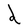
Character: d